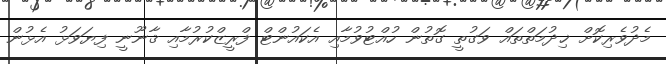
މެދުވެރިކޮށް ޚިދުމަތްތައް ވަގުތީ ގޮތުން ހުއްޓުވުމާއި އެކައުންޓް ފްރީޒްކުރުމާއި ޤާނޫނީ ފިޔަވަޅު އެޅުން